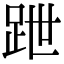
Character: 跇